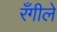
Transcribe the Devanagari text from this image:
रँगीले